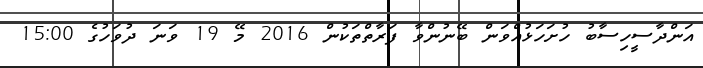
އަންދާސީހިސާބު ހުށަހަޅުއްވަން ބޭނުންވާ ފަރާތްތަކުން 2016 މޭ 19 ވަނަ ދުވަހުގެ 15:00